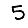
Digit: 5